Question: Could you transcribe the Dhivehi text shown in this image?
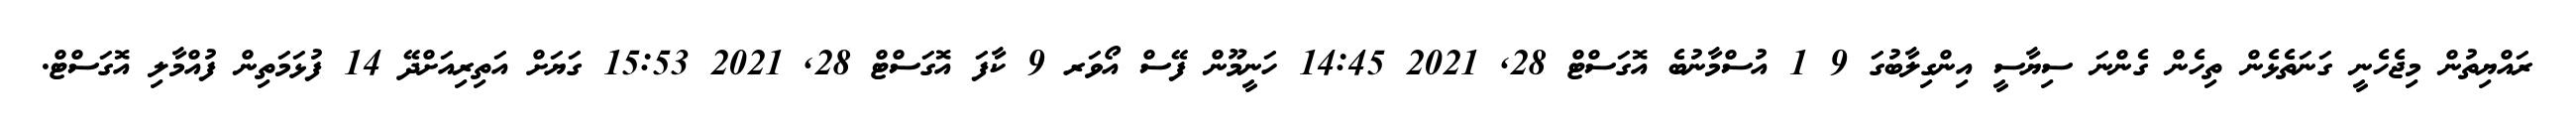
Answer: ރައްޔިތުން މިޖެހެނީ ގަނަތެޅެން ތިހެން ގެންނަ ސިޔާސީ އިންގިލާބުގަ 9 1 އުސްމާނުބެ އޮގަސްޓް 28, 2021 14:45 ހަނީމޫން ފޭސް އޯވަރ 9 ކާފަ އޮގަސްޓް 28, 2021 15:53 ގަޔަށް އަތިރިއަށްދޭ 14 ފުޅަމަތިން ފުއްމާލި އޮގަސްޓް.